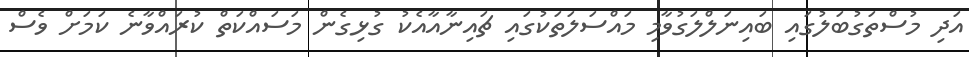
އަދި މުސްތަގުބަލުގައި ބައިނަލްލަގުވާމި މައްސަލަތަކުގައި ޗައިނާއާއެކު ގުޅިގެން މަސައްކަތް ކުރައްވާނެ ކަމަށް ވެސް